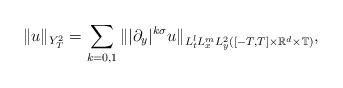
LaTeX: \begin{align*} \|u\|_{Y_T^2}=\sum_{k=0,1}\| |\partial_y|^{k\sigma} u\|_{L^l_tL^m_xL^2_y([-T,T]\times \mathbb{R}^d \times \mathbb{T})},\end{align*}